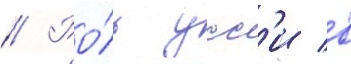
// Ро́ль усс'и в